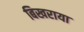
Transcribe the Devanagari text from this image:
बिखराया